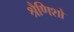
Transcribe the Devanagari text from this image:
श्रैणिशो